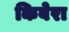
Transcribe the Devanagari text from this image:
किबेरा